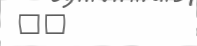
٣٠